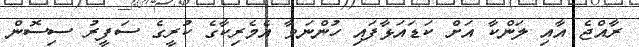
ރާއްޖެ އާއި ލަންކާ އަށް ކަޑައަޅާފައި ހުންނަވާ އެމެރިކާގެ ކުރީގެ ސަފީރު ސިސޮން